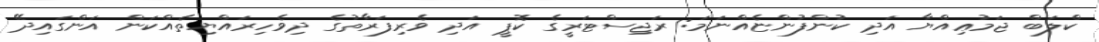
ކްލަބް ޖަމުޢިއްޔާ އަދި ކުންފުންޏެއްނަމަ: ރަޖިސްޓަރީގެ ކޮޕީ އަދި ވެރިފަރާތުގެ ދިވެހިރައްޔިތެއްކަން އަންގައިދޭ